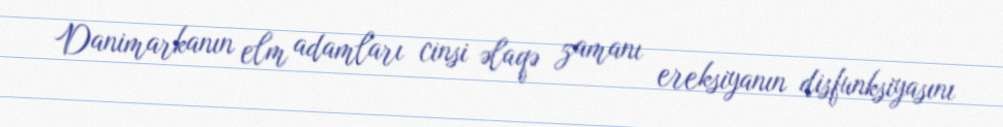
Danimarkanın elm adamları cinsi əlaqə zamanı ereksiyanın disfunksiyasını